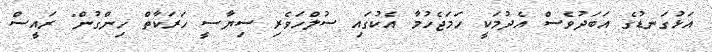
އަޅުގަނޑުގެ އަބަދުވެސް އެދުމަކީ ހަމަޖެހުމާ އެކުގައި ސުލްހަވެރި ސިޔާސީ ހަރަކާތް ހިންގުން" ރައީސް